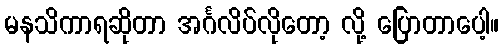
မနသိကာရဆိုတာ အင်္ဂလိပ်လိုတော့ လို့ ပြောတာပေါ့။